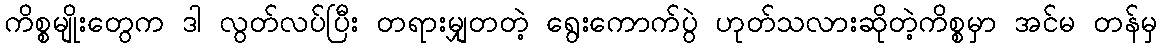
ကိစ္စမျိုးတွေက ဒါ လွတ်လပ်ပြီး တရားမျှတတဲ့ ရွေးကောက်ပွဲ ဟုတ်သလားဆိုတဲ့ကိစ္စမှာ အင်မ တန်မှ